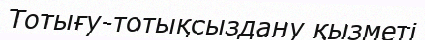
Тотығу-тотықсыздану қызметі